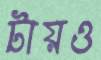
টায়ও